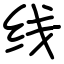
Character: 线